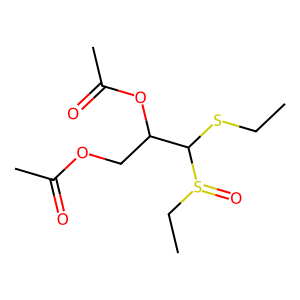
SMILES: CCSC(C(COC(C)=O)OC(C)=O)S(=O)CC
Inhibits HIV replication: No